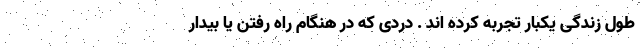
طول زندگی یکبار تجربه کرده اند . دردی که در هنگام راه رفتن یا بیدار